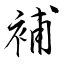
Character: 補